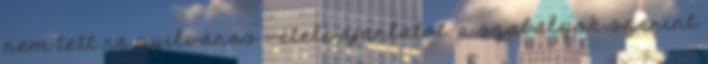
nem tett rá nyilvános vételi ajánlatot, a szabályok szerint